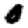
Digit: 0